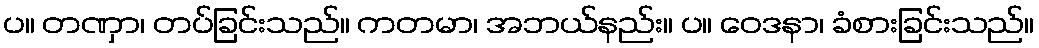
ပ။ တဏှာ၊ တပ်ခြင်းသည်။ ကတမာ၊ အဘယ်နည်း။ ပ။ ဝေဒနာ၊ ခံစားခြင်းသည်။